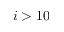
i > 1 0